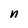
Character: n